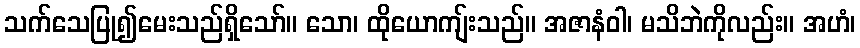
သက်သေပြု၍မေးသည်ရှိသော်။ သော၊ ထိုယောကျ်းသည်။ အဇာနံဝါ၊ မသိဘဲကိုလည်း။ အဟံ၊